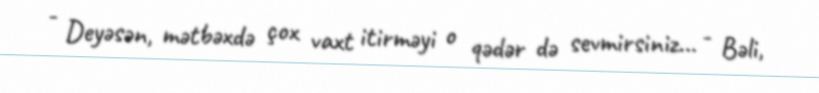
- Deyəsən, mətbəxdə çox vaxt itirməyi o qədər də sevmirsiniz... - Bəli,